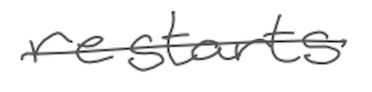
Text: restarts
Cross-out: single-line
Writing tool: digital_gray